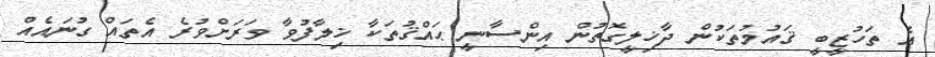
އެ ތަހުޒީބީ ޤައުމުތަކުން ދާޚިލީގޮތުން އިންސާނީ ޙައްޤުތަކާ ޚިލާފުވާ ވަރަށްވުރެ އެތައް ގުނައެއް